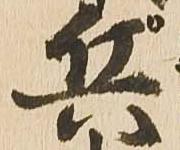
兵